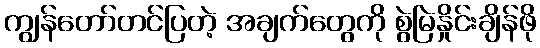
ကျွန်တော်တင်ပြတဲ့ အချက်တွေကို စွဲမြဲနှိုင်းချိန်ဖို